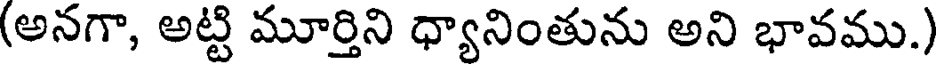
(అనగా, అట్టి మూర్తిని ధ్యానింతును అని భావము.)